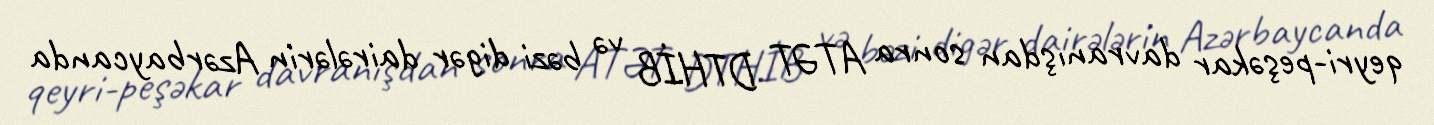
qeyri-peşəkar davranışdan sonra ATƏT DTHİB və bəzi digər dairələrin Azərbaycanda